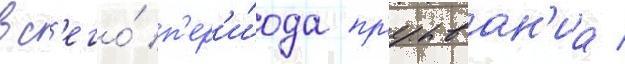
вс'его́ п'ер'и́ода пр'ерыван'иа /